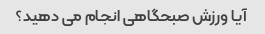
آیا ورزش صبحگاهی انجام می دهید؟